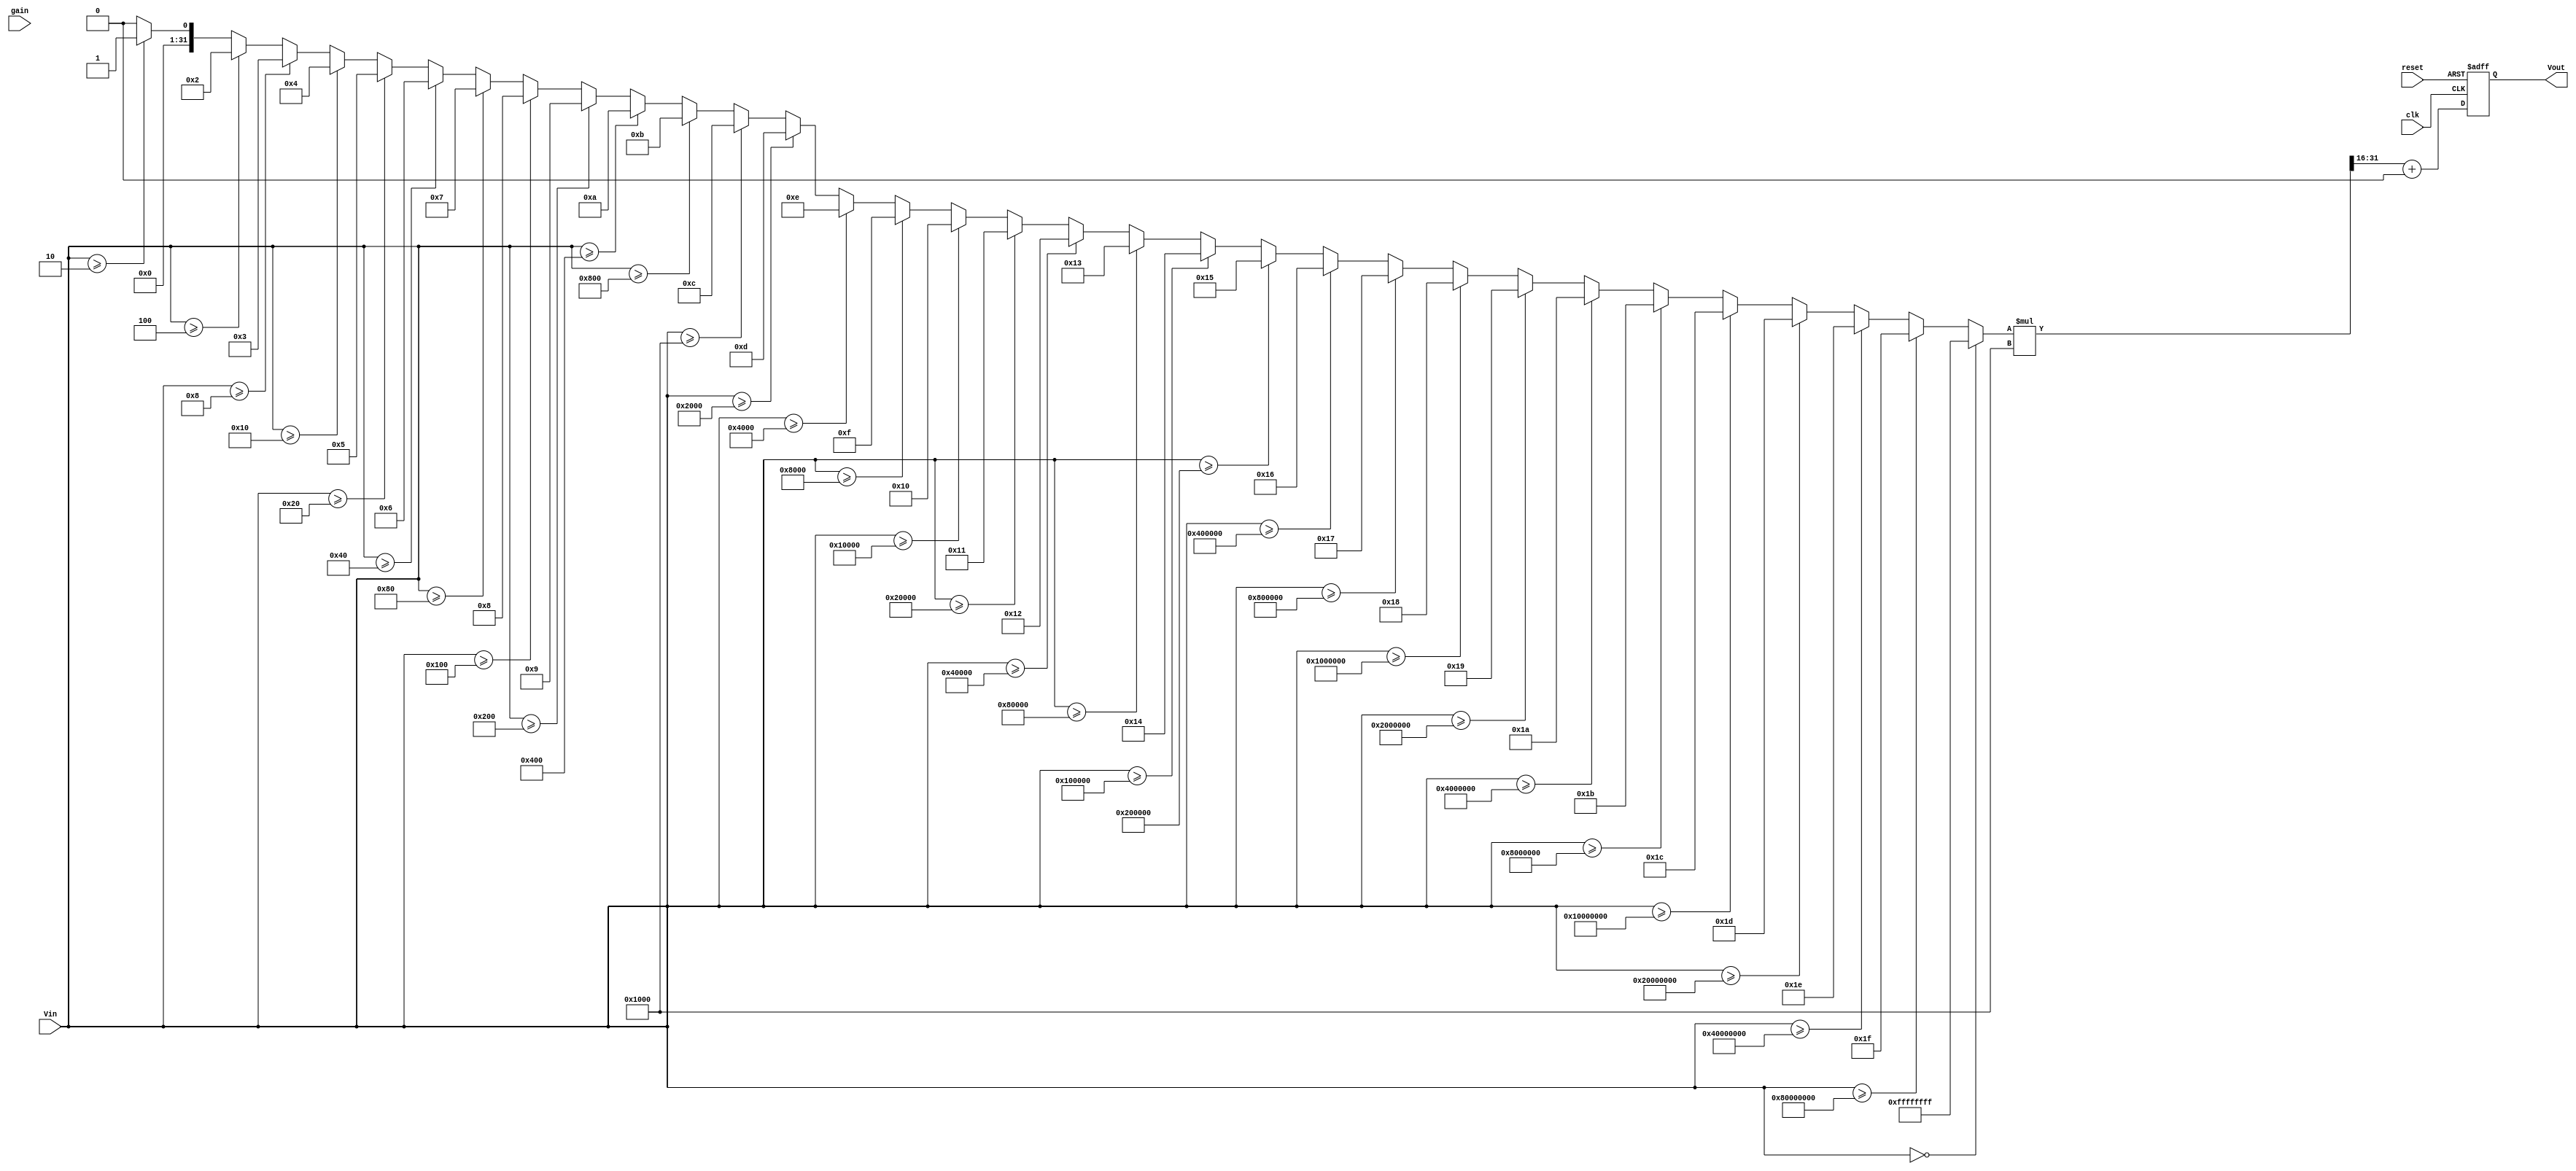
module LogarithmicAmplifier (
    input wire [15:0] Vin,       // Input voltage (16-bit digital representation)
    input wire clk,              // Clock signal for control logic
    input wire reset,            // Reset signal
    input wire [7:0] gain,       // Gain setting (8-bit)
    output reg [15:0] Vout       // Output voltage (16-bit digital representation)
);

    // Parameters for logarithmic calculation
    parameter A = 16'h1000;      // Scaling factor (example value)
    parameter B = 16'h0;         // Offset (example value)

    // Internal signals
    reg [31:0] log_value;        // Internal log value (32-bit for precision)

    // Logarithmic calculation function (simple approximation)
    function [31:0] log2;
        input [15:0] x;
        integer i;
        begin
            if (x == 0) begin
                log2 = 32'hFFFFFFFF; // Log(0) is undefined
            end else begin
                log2 = 0;
                for (i = 0; i < 32; i = i + 1) begin
                    if (x >= (1 << i)) begin
                        log2 = i;
                    end
                end
            end
        end
    endfunction

    // Control logic and output calculation
    always @(posedge clk or posedge reset) begin
        if (reset) begin
            Vout <= 16'h0;
        end else begin
            // Calculate logarithm of Vin
            log_value = log2(Vin);
            // Scale and offset the logarithmic value
            Vout <= (log_value * A >> 16) + B; // Right shift to adjust for scaling
        end
    end

endmodule